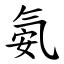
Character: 氨